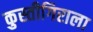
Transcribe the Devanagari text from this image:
कुस्तीगिराला